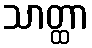
သာတ္ထာ